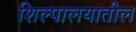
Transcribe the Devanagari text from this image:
शिल्पालयातील